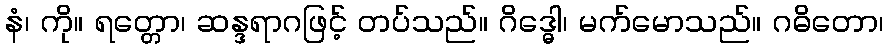
နံ၊ ကို။ ရတ္တော၊ ဆန္ဒရာဂဖြင့် တပ်သည်။ ဂိဒ္ဓေါ၊ မက်မောသည်။ ဂဓိတော၊